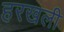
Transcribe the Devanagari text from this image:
हरखली